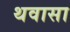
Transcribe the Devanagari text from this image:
थवासा